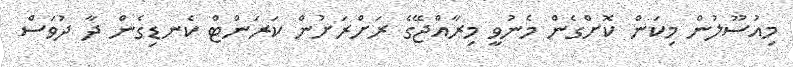
މިއުސޫލުން މިކަން ކޮށްގެން މެނުވީ މިރާއްޖޭގެ ރަށްރަށުން ކަރަންޓް ކެނޑިގެން ދާ ދުވަސް